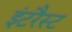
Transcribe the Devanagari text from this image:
इंटरैस्ट